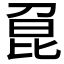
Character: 𠝕